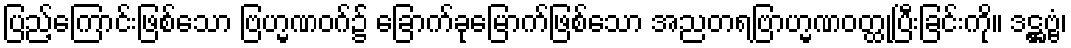
ပြည့်ကြောင်းဖြစ်သော ဗြဟ္မဏဝဂ်၌ ခြောက်ခုမြောက်ဖြစ်သော အညတရဗြာဟ္မဏဝတ္ထုပြီးခြင်းကို။ ဒဋ္ဌဗ္ဗံ၊